Statistics compiled by the Government of India from the reports of provincial Civil Veterinary Departments
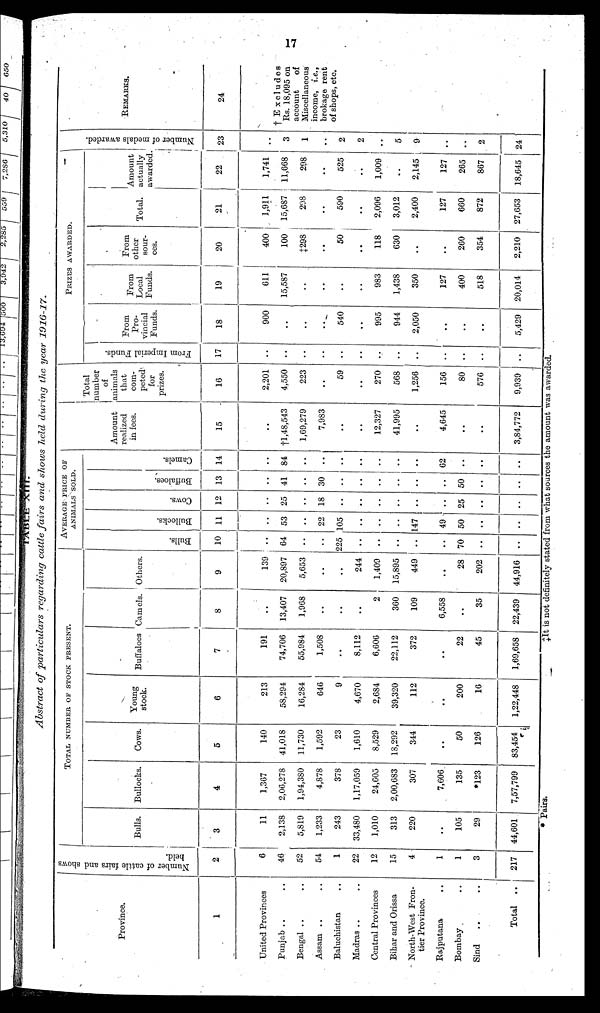
17
Abstract of particulars
regarding cattle fairs and shows held during the year
1916-17.
Province.
1
United Provinces
Punjab .. ..
Bengal .. ..
Assam .. ..
Baluchistan ..
Madras .. ..
Central Provinces
Bihar and Orissa
North-West Fron-
tier Province.
Rajputana ..
Bombay ..
Sind .. ..
Total
..
Number of cattle fairs and shows
held.
2
6
46
52
54
1
22
12
15
4
1
1
3
217
TOTAL NUMBER OF STOCK PRESENT.
Bulls.
3
11
2,138
5,819
1,233
243
33,480
1,010
313
220
..
105
29
44,601
Bullocks.
4
1,367
2,06,278
1,94,380
4,878
378
1,17,059
24,605
2,00,683
307
7,606
135
*123
7,57,799
Cows.
5
140
41,018
11,730
1,592
23
1,610
8,529
18,292
344
..
50
126
83,454
Young
stock.
6
213
58,294
16,284
646
9
4,670
2,684
39,320
112
..
200
16
1,22,448
Buffaloes
7
191
74,706
55,984
1,508
..
8,112
6,606
22,112
372
..
22
45
1,69,658
Camels.
8
..
13,407
1,968
..
..
..
2
360
109
6,558
..
35
22,439
Others.
9
139
20,897
5,653
..
..
244
1,409
15,895
449
..
28
202
44,916
AVERAGE PRICE OF
ANIMALS SOLD.
Bul l s.
10
..
64
..
..
225
..
..
..
..
..
70
..
..
Bul l
ocks .
11
..
53
..
22
105
..
..
..
147
49
50
..
..
Cows .
12
..
25
..
18
..
..
..
..
..
..
25
..
..
Buffaloes.
13
..
41
..
30
..
..
..
..
..
..
50
..
..
Ca me l
s .
14
..
84
..
..
..
..
..
..
..
62
..
..
..
Amount
realized
in fees.
15
..
†1,48,543
1,69,279
7,983
..
..
12,327
41,995
..
4,645
..
..
3,84,772
Total
number
of
animals
that
com-
peted
for
prizes.
16
2,201
4,550
223
..
59
..
270
568
1,256
156
80
576
9,939
PRIZES AWARDED.
Fr om I mper i
al Funds.
17
..
..
..
..
..
..
..
..
..
..
..
..
..
From
Pro-
vincial
Funds.
18
900
..
..
..
540
..
995
944
2,050
..
..
..
5,429
From
Local
Funds.
19
611
15,587
..
..
..
..
983
1,438
350
127
400
518
20,014
From
other
sour-
ces.
20
400
100
‡298
..
50
..
118
630
..
..
260
354
2,210
Total.
21
1,911
15,687
298
..
590
..
2,096
3,012
2,400
127
660
872
27,653
Amount
actually
awarded
22
1,741
11,668
298
..
525
..
1,009
..
2,145
127
265
867
18,645
Nu mb e r of medals awarded.
23
..
3
1
..
2
2
..
5
9
..
..
2
24
REMARKS.
24
† Excludes
Rs. 18,095 on
account
of
Miscellaneous
income, i.e.,
brokage rent
of shops, etc.
* Pairs.
‡ It is not definitely stated from what sources the amount was awarded.